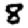
Digit: 8